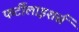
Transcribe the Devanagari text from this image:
फर्टीलाइशर्स